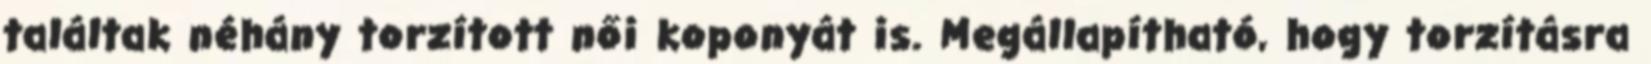
találtak néhány torzított női koponyát is. Megállapítható, hogy torzításra